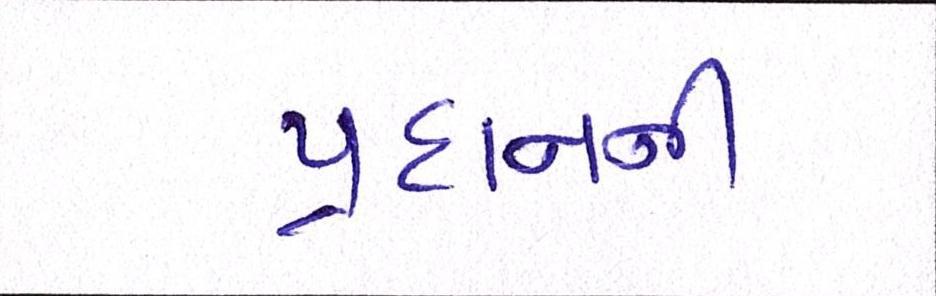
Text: પ્રદાનની